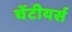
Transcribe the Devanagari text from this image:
चेंटीयर्स